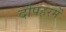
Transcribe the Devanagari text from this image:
दोपहरमें